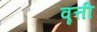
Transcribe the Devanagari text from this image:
वॄत्ती